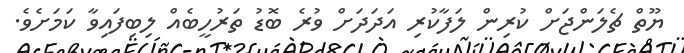
ޔޫތް ޗެލަންޖަށް ކުރިން ލަފާކުރި އަދަދަށް ވުރެ ބޮޑު ތަރުހީބެއް ލިބިފައިވާ ކަމަށެވެ.